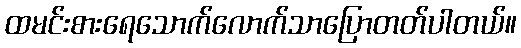
ထမင်းစားရေသောက်လောက်သာပြောတတ်ပါတယ်။